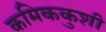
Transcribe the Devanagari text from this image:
कमिककुशी